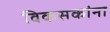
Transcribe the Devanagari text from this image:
विकसकांना